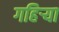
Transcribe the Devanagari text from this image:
गहिर्‍या